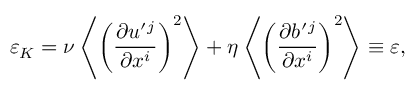
\varepsilon _ { K } = \nu \left\langle { \left( { \frac { \partial u ^ { \prime } { } ^ { j } } { \partial x ^ { i } } } \right) ^ { 2 } } \right\rangle + \eta \left\langle { \left( \frac { \partial b ^ { \prime } { } ^ { j } } { \partial x ^ { i } } \right) ^ { 2 } } \right\rangle \equiv \varepsilon ,